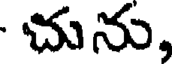
చును,